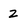
Character: 2